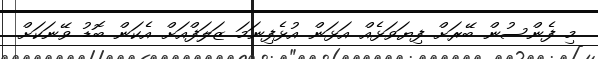
މި ފެންސުން ބޭރަށް ފިޔަވަޅެއް އަޅަން އުޅެފިނަމަ ޒަލަފްއަށް އެކަން ބޮޑު ވޭނަކަށް